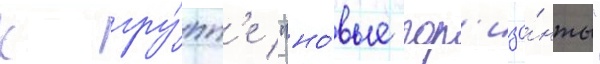
к гру́пп'е "но́вые гор'изо́нты"